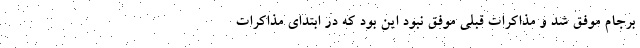
برجام موفق شد و مذاكرات قبلي موفق نبود اين بود كه در ابتداي مذاكرات